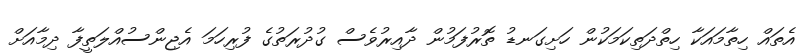
އެތައް ހިތާމައަކާ ހިތްދަތިކަމަކުން ހަށިގަނޑު ތޮރުފަމުން ދާއިރުވެސް ގުދުރަތުގެ ފުރިހަމަ އެޖިންސުއްލަތީފާ ދިމާއަށް